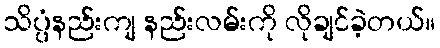
သိပ္ပံနည်းကျ နည်းလမ်းကို လိုချင်ခဲ့တယ်။